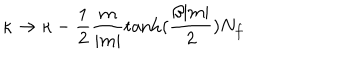
\kappa \to \kappa - \frac { 1 } { 2 } \frac { m } { | m | } \tanh ( \frac { \beta | m | } { 2 } ) N _ { f }